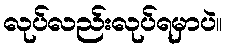
လုပ်လည်းလုပ်ရမှာပဲ။